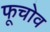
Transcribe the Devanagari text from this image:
फूचोव